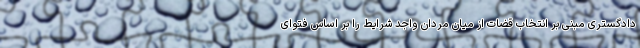
دادگستری مبنی بر انتخاب قضات از میان مردان واجد شرایط را بر اساس فتوای